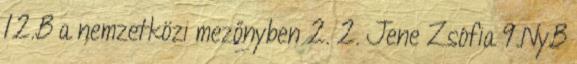
12.B a nemzetközi mezőnyben 2. 2. Jene Zsófia 9.NyB